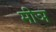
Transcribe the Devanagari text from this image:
मीञ